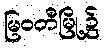
မြဝတီမြို့၌